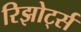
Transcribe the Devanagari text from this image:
रिझोर्ट्स